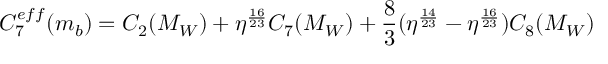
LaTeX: C _ { 7 } ^ { e f f } ( m _ { b } ) = C _ { 2 } ( M _ { W } ) + \eta ^ { \frac { 1 6 } { 2 3 } } C _ { 7 } ( M _ { W } ) + { \frac { 8 } { 3 } } ( \eta ^ { \frac { 1 4 } { 2 3 } } - \eta ^ { \frac { 1 6 } { 2 3 } } ) C _ { 8 } ( M _ { W } )